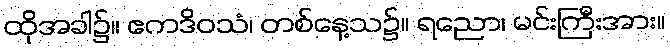
ထိုအခါ၌။ ဧကဒိဝသံ၊ တစ်နေ့သ၌။ ရညော၊ မင်းကြီးအား။